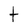
Character: t